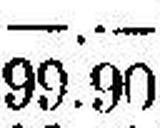
99.90